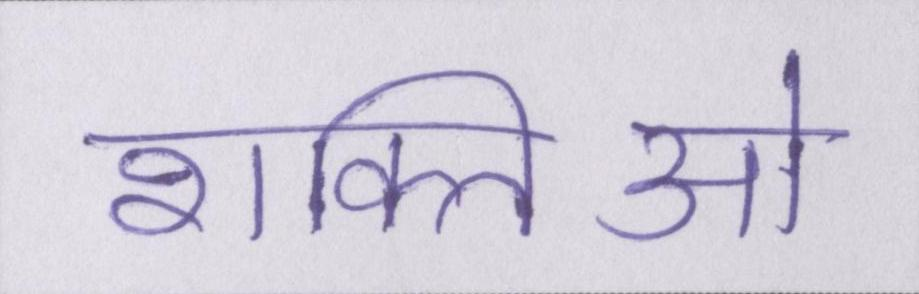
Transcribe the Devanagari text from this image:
शक्तिओ